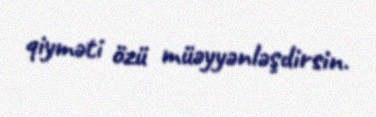
qiyməti özü müəyyənləşdirsin.